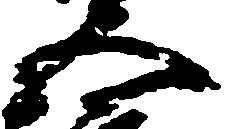
五